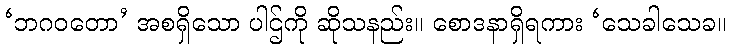
‘ဘဂဝတော’ အစရှိသော ပါဌ်ကို ဆိုသနည်း။ စောဒနာရှိရကား ‘သေခါသေခ။